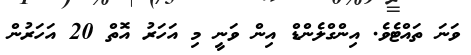
ވަނަ ތައްޓެވެ. އިންގްލެންޑް އިން ވަނީ މި އަހަރު އޮތް 20 އަަހަރުން